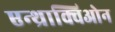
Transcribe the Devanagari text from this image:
एन्थ्राक्विओन